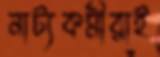
নাট্যকর্মীরাই